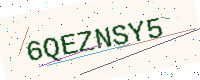
Text: 6QEZNSY5